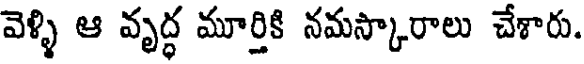
వెళ్ళి ఆ వృద్ధ మూర్తికి నమస్కారాలు చేశారు.